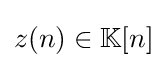
{\textstyle z(n)\in \mathbb {K} [n]}